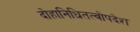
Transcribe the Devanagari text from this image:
दोहानिधितत्वोपदेश